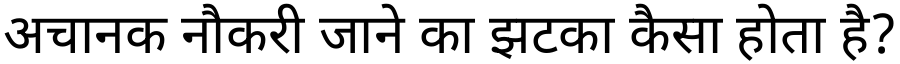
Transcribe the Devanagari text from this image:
अचानक नौकरी जाने का झटका कैसा होता है?